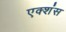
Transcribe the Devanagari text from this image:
एक्शंस